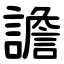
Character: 譫